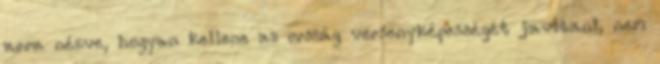
arra nézve, hogyan kellene az ország versenyképességét javítani, nem